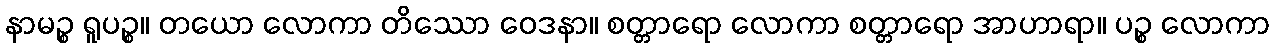
နာမဉ္စ ရူပဉ္စ။ တယော လောကာ တိဿော ဝေဒနာ။ စတ္တာရော လောကာ စတ္တာရော အာဟာရာ။ ပဉ္စ လောကာ